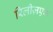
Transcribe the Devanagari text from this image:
रिलीज़एक